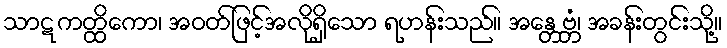
သာဋကတ္ထိကော၊ အဝတ်ဖြင့်အလိုရှိသော ရဟန်းသည်။ အန္တေဗ္ဘံ၊ အခန်းတွင်းသို့။